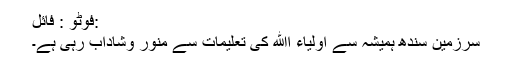
:فوٹو : فائل
سرزمین سندھ ہمیشہ سے اولیاء اﷲ کی تعلیمات سے منور وشاداب رہی ہے۔